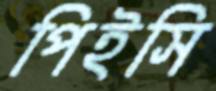
পিইসি